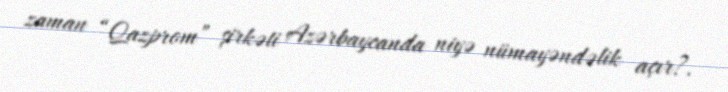
zaman “Qazprom” şirkəti Azərbaycanda niyə nümayəndəlik açır?.